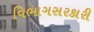
વિભાગસરકારી